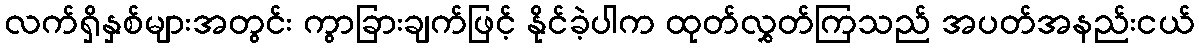
လက်ရှိနှစ်များအတွင်း ကွာခြားချက်ဖြင့် နိုင်ခဲ့ပါက ထုတ်လွှတ်ကြသည် အပတ်အနည်းငယ်